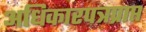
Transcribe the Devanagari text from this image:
अधिकारपत्रप्राप्त